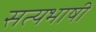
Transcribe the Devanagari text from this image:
सत्यभाषी